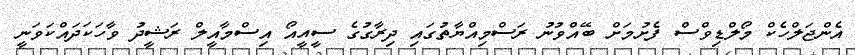
އެންޖަލްހެކް މޯލްޑިވްސް ފެށުމަށް ބޭއްވުނު ރަސްމިއްޔާތުގައި ދިރާގުގެ ސީއީއޯ އިސްމާއީލް ރަޝީދު ވާހަކަދައްކަވަނީ